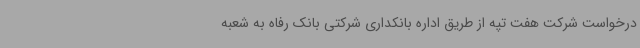
درخواست شرکت هفت تپه از طریق اداره بانکداری شرکتی بانک رفاه به شعبه